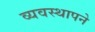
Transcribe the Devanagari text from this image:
व्यवस्थापने